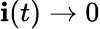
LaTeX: \mathbf{i}(t)\to0